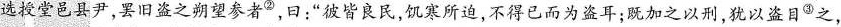
选授堂邑县尹，罢旧盗之朔望参者^{②}，曰：“彼皆良民，饥寒所迫，不得已而为盗耳；既加之以刑，犹以盗目^{③}之，